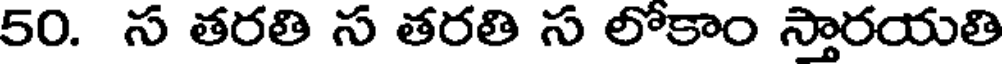
50. స తరతి స తరతి స లోకాం స్తారయతి